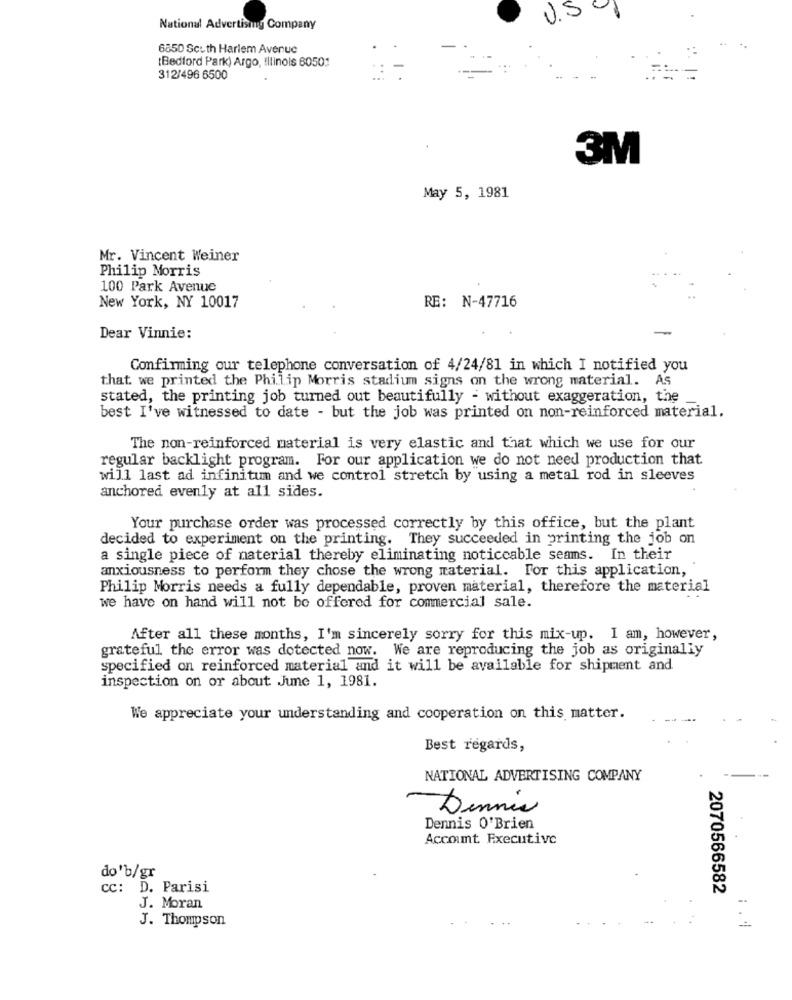
U.S.
National Advertising Company
6850 Scuth Harlem Avenue
(Bedford Park) Argo, Illinois 60501
312/496 6500
3M
May 5, 1981
Mr. Vincent Weiner
Philip Morris
100 Park Avenue
New York, NY 10017
RE: N-47716
Dear Vinnie:
Confirming our telephone conversation of 4/24/81 in which I notified you
that we printed the Philip Morris stadium signs on the wrong material. As
stated, the printing job turned out beautifully - without exaggeration, the
best I've witnessed to date - but the job was printed on non-reinforced material.
The non-reinforced material is very elastic and that which we use for our
regular backlight program. For our application we do not need production that
will last ad infinitum and we control stretch by using a metal rod in sleeves
anchored evenly at all sides.
Your purchase order was processed correctly by this office, but the plant
decided to experiment on the printing. They succeeded in printing the job on
a single piece of material thereby eliminating noticeable seams. In their
anxiousness to perform they chose the wrong material. For this application,
Philip Morris needs a fully dependable, proven material, therefore the material
we have on hand will not be offered for commercial sale.
After all these months, I'm sincerely sorry for this mix-up. I am, however,
grateful the error was detected now. We are reproducing the job as originally
specified on reinforced material and it will be available for shipment and.
inspection on or about June 1, 1981.
We appreciate your understanding and cooperation on this matter.
Best regards,
NATIONAL ADVERTISING COMPANY
Dennis
Dennis O'Brien
Account Executive
do'b/gr
cc: D. Parisi
2070566582
J. Moran
J. Thompson